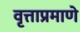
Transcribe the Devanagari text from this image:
वृत्ताप्रमाणे